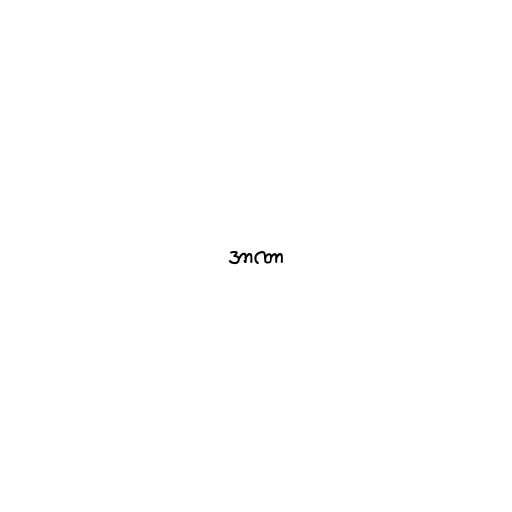
အာဏာ